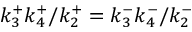
k _ { 3 } ^ { + } k _ { 4 } ^ { + } / k _ { 2 } ^ { + } = k _ { 3 } ^ { - } k _ { 4 } ^ { - } / k _ { 2 } ^ { - }